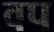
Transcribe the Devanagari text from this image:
वप